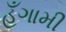
હઁગામી